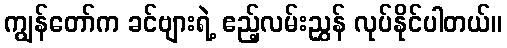
ကျွန်တော်က ခင်ဗျားရဲ့ ဧည့်လမ်းညွှန် လုပ်နိုင်ပါတယ်။